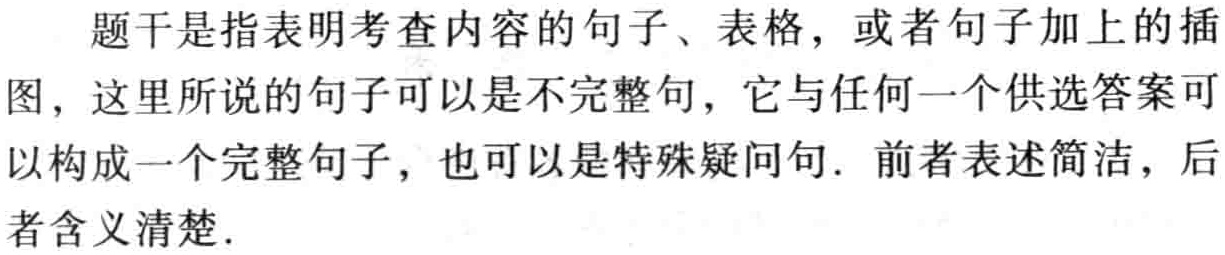
题干是指表明考查内容的句子、表格，或者句子加上的插图，这里所说的句子可以是不完整句，它与任何一个供选答案可以构成一个完整句子，也可以是特殊疑问句. 前者表述简洁，后者含义清楚.